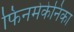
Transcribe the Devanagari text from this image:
फिनमेकेनिका